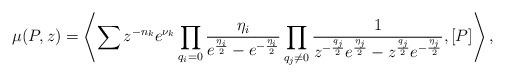
LaTeX: \begin{gather*}\mu(P,z)= \left\langle \sum z^{-n_k}e^{\nu_k} \prod_{q_i=0}{ \eta_i \over e^{\eta_i\over2}-e^{-{\eta_i\over2}}} \prod_{q_j\not = 0}{1 \over z^{-{q_j\over2}}e^{\eta_j\over2}-z^{q_j\over2}e^{-{\eta_j\over2}}},[P]\right\rangle ,\end{gather*}